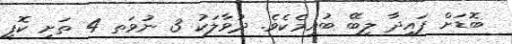
ބޮޑަށް ފައިދާ ލިބޭ ބުއިމެކެވެ. ދުވާލަކު 3 ނުވަތ 4 ތަށި ކޮފީ